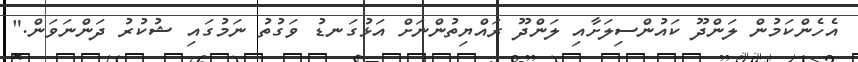
އެހެންކަމުން ލަންދޫ ކައުންސިލަށާއި ލަންދޫ ރައްޔިތުންނަށް އަޅުގަނޑު ވަގުތު ނަމުގައި ޝުކުރު ދަންނަވަން."